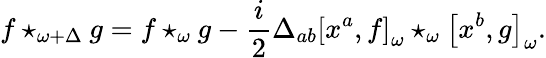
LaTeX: f\star_{\omega+\Delta}g=f\star_{\omega}g-\frac{i}{2}\Delta_{ab}\left[x^{a},f\right]_{\omega}\star_{\omega}\left[x^{b},g\right]_{\omega}.